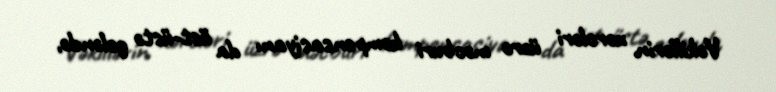
Vəkillərin xərcləri üzrə məcburi kompensasiyanı da üst-üstə gələndə,